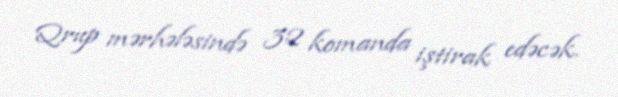
Qrup mərhələsində 32 komanda iştirak edəcək.